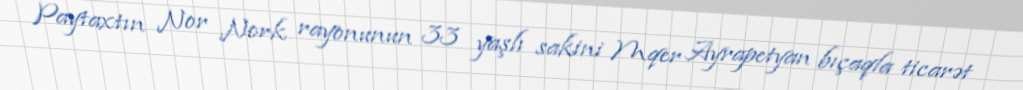
Paytaxtın Nor Nork rayonunun 33 yaşlı sakini Mqer Ayrapetyan bıçaqla ticarət